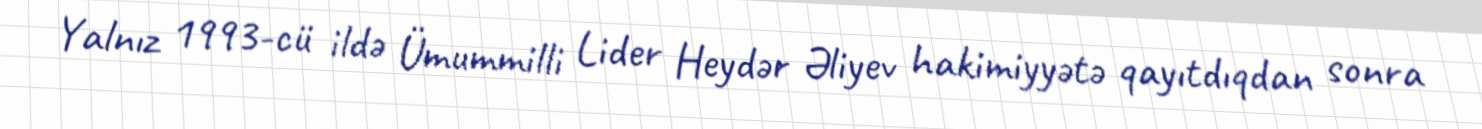
Yalnız 1993-cü ildə Ümummilli Lider Heydər Əliyev hakimiyyətə qayıtdıqdan sonra